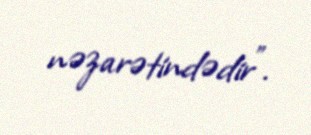
nəzarətindədir".